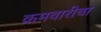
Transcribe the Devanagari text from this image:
क्रमवारीचा